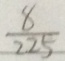
\frac { 8 } { 2 2 5 }